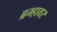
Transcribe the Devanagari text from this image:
ब्रम्हावर